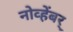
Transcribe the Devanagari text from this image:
नोव्हेंबर्